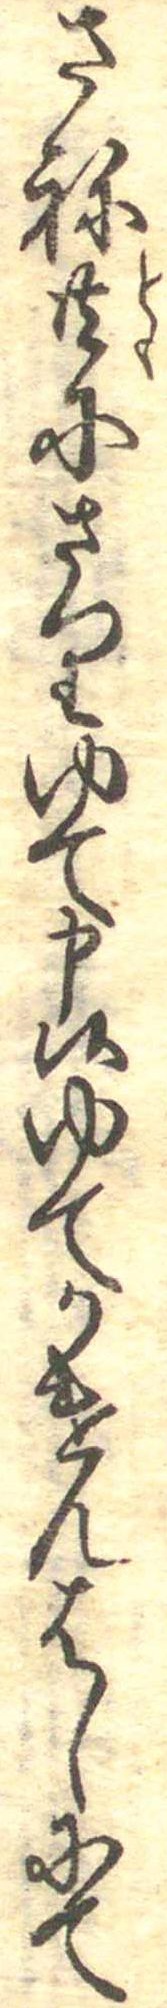
さね共にさりゆて申候ゆてかけんはしにて